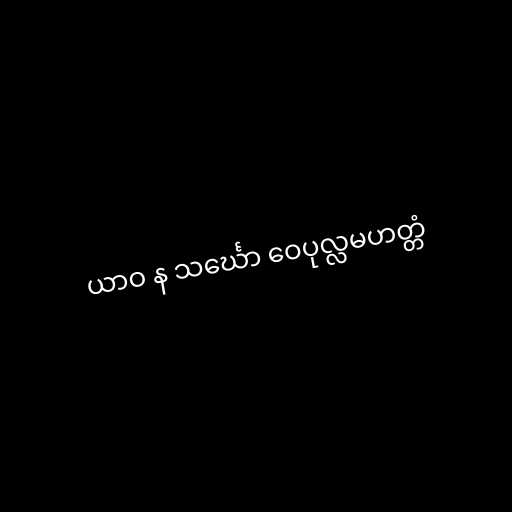
ယာဝ န သင်္ဃော ဝေပုလ္လမဟတ္တံ